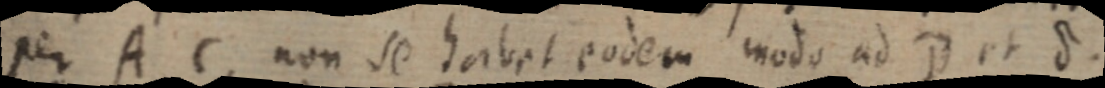
per A C non se habet eodem modo ad D et S.